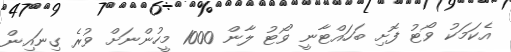
އެކަމަކު ވޯޓު ފޮށި ބަހައްޓާނީ ވޯޓު ލާން 1000 މީހުންނަށް ވުރެ ގިނައިން